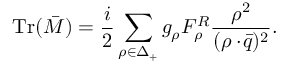
\mathrm { T r } ( \bar { M } ) = { \frac { i } { 2 } } \sum _ { \rho \in \Delta _ { + } } g _ { \rho } F _ { \rho } ^ { \cal R } { \frac { \rho ^ { 2 } } { ( \rho \cdot \! \bar { q } ) ^ { 2 } } } .